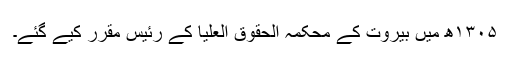
۱۳۰۵ھ میں بیروت کے محکمہ الحقوق العلیا کے رئیس مقرر کیے گئے۔